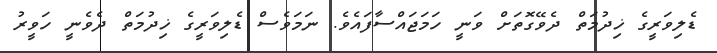
ޑެލިވަރީގެ ޚިދުމަތް ދެވޭގޮތަށް ވަނީ ހަމަޖައްސާފައެވެ. ނަމަވެސް ޑެލިވަރީގެ ޚިދުމަތް ދެވެނީ ހަވީރު